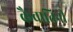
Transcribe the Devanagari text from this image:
कैवातिनी